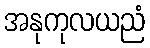
အနုကုလယညံ